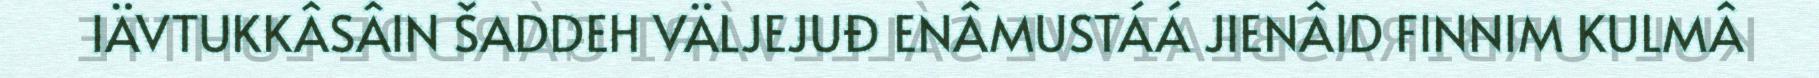
IÄVTUKKÂSÂIN ŠADDEH VÄLJEJUĐ ENÂMUSTÁÁ JIENÂID FINNIM KULMÂ